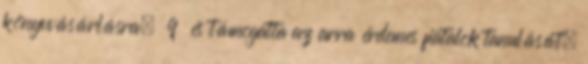
könyvvásárlásra, 9 és támogatta az arra érdemes fiatalok tanulását,